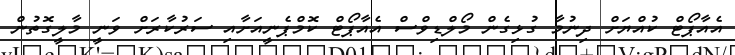
އެއާޕޯޓް ކުއްޔަށް ދިނުމާ ގުޅިގެން މޯލްޑިވްސް އެއާޕޯޓް ކޮމްޕެނީއަށާއި ސަރުކާރަށް ވަނީ މާލީގޮތުން